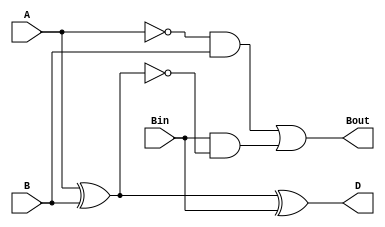

module Sub (
  input A, B, Bin,
  output D, Bout
);

  wire AxorB;
  
  assign AxorB = A ^ B;

  assign D = AxorB ^ Bin;
  assign Bout = ((~A) & B) | (Bin & (~AxorB));

endmodule